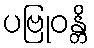
ပဗြုဝန္တိ